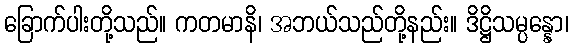
ခြောက်ပါးတို့သည်။ ကတမာနိ၊ အဘယ်သည်တို့နည်း။ ဒိဋ္ဌိသမ္ပန္နော၊